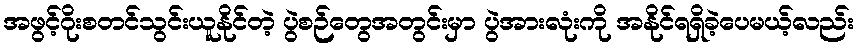
အဖွင့်ဂိုးစတင်သွင်းယူနိုင်တဲ့ ပွဲစဉ်တွေအတွင်းမှာ ပွဲအားလုံးကို အနိုင်ရရှိခဲ့ပေမယ့်လည်း